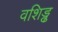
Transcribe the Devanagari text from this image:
वशिड्ढ